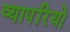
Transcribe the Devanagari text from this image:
व्यापरियो